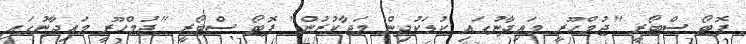
ފޮޓޯ ސްޓޯރީ "ޖުމްހޫރީ މައިދާނުގައި ކުޑަކުދިން މަޖާކުރުން" ފޮޓޯ ސްޓޯރީ "ޖުމްހޫރީ މައިދާނުގައި